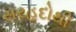
સરહદોથી